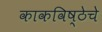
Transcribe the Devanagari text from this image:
काकविष्ठेचे